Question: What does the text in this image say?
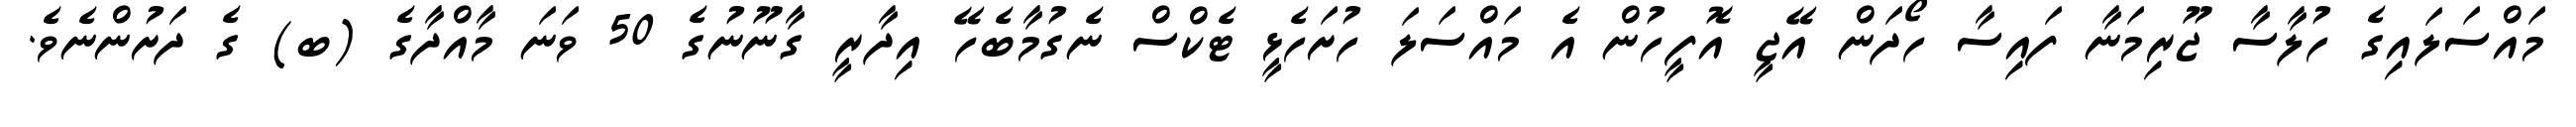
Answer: މައްސަލައިގެ ހުލާސާ ޖޫރިމަނާ ފައިސާ ހޯދަން އޭޖީ އޮފީހުން އެ މައްސަލަ ހުށަހެޅީ ޓެކްސް ނެގުމާބެހޭ އިދާރީ ގާނޫނުގެ 50 ވަނަ މާއްދާގެ (ބ) ގެ ދަށުންނެވެ.